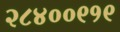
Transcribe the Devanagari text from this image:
२८४००९१९